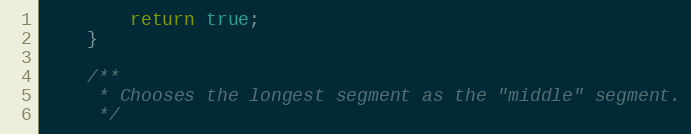
Language: JavaScript
		return true;
	}

	/**
	 * Chooses the longest segment as the "middle" segment.
	 */